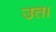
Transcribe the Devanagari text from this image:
उत।